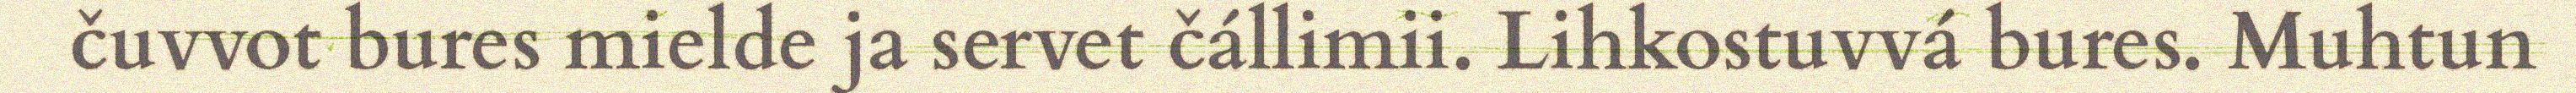
čuvvot bures mielde ja servet čállimii. Lihkostuvvá bures. Muhtun